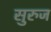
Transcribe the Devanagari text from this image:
सुरुज